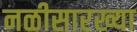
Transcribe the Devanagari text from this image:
नळीसारख्या